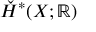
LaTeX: { \check { H } } ^ { * } ( X ; \mathbb { R } )